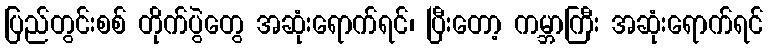
ပြည်တွင်းစစ် တိုက်ပွဲတွေ အဆုံးရောက်ရင်၊ ပြီးတော့ ကမ္ဘာကြီး အဆုံးရောက်ရင်